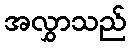
အလွှာသည်